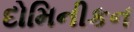
દોમિનીકન